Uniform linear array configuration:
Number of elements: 24
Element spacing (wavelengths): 0.25
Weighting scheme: hann
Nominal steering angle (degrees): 30
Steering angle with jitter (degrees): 30.948
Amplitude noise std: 0.05
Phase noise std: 0.05

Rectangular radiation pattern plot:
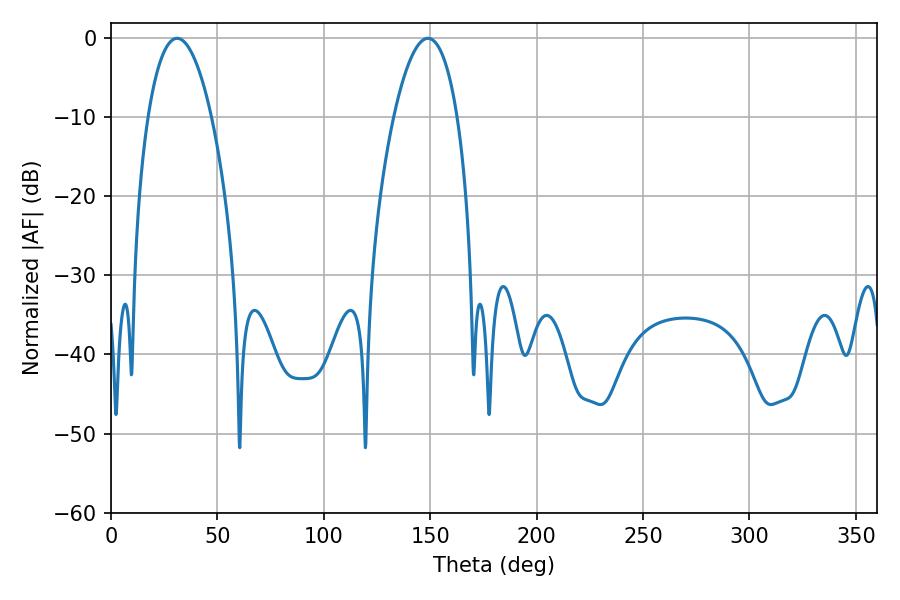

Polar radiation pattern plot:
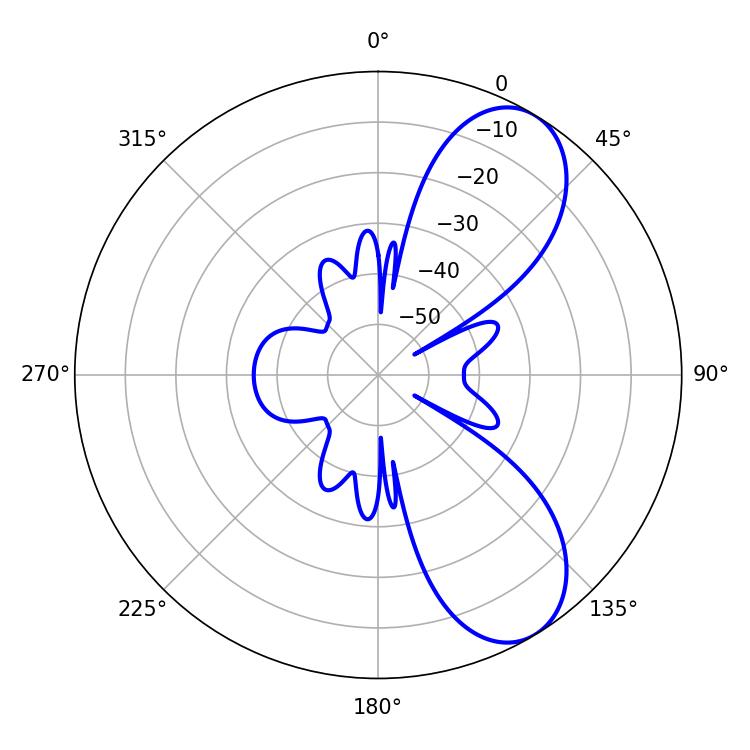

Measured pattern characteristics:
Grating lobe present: FALSE
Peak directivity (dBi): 7.924
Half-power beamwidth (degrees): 16.56
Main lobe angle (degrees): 31.14